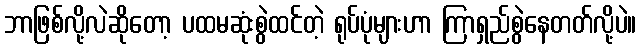
ဘာဖြစ်လို့လဲဆိုတော့ ပထမဆုံးစွဲထင်တဲ့ ရုပ်ပုံများဟာ ကြာရှည်စွဲနေတတ်လို့ပဲ။